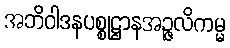
အဘိဝါဒနပစ္စုဋ္ဌာနအဉ္ဇလိကမ္မ